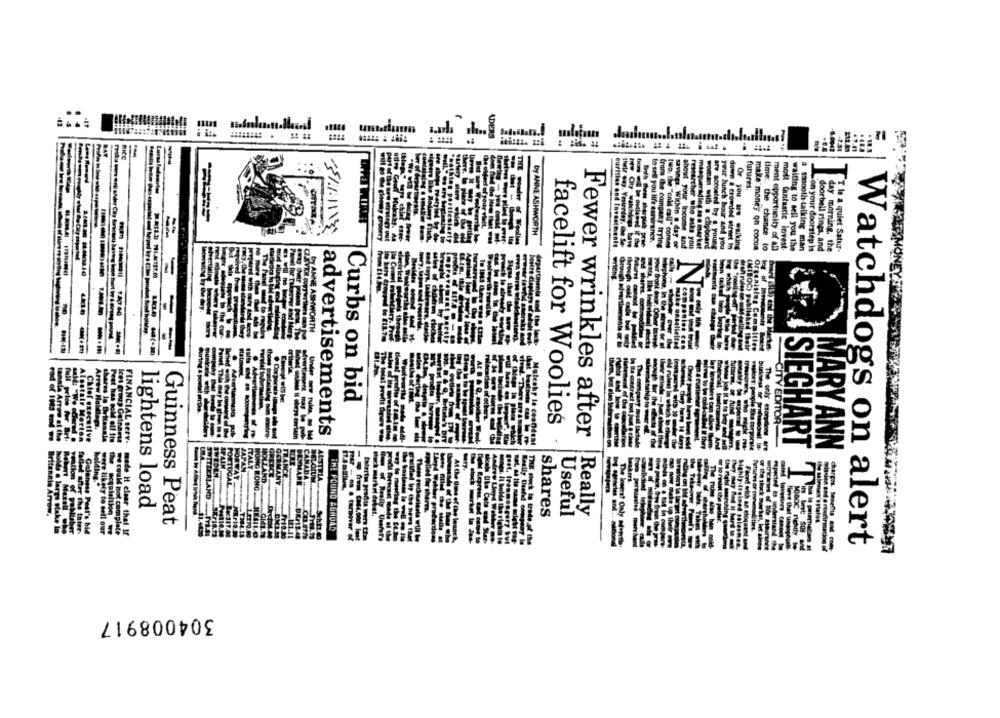
ADERS
BAT
-
futures.
"Artery Mere
THE wonder
fact of your
---
by ANNE ASHWORTH
curtties and Investments
In sel you life ésovirance.
troms the company trying
two. Die ""enkd call" comtes
savinga. Within a day or
about your Income ind
researcher Who asks you
hasquerading so a market
woman with a chpboard
make money on cocom
time: the chance to
are accosted by a young
your lunch bour and you
dowr a crowded street In
Or you are walking
ment opportunity of all
most fantastic invest
waiting to sell you the
a smooth-talking man
Son your doorstep is
doorbell rings, and
day morning, the
T is a quiet Satur-
-----
depar
--
ANNE AS
Is Com
NNE ASHWORTH
In the Cur-
thing
criteria
Curbs on bid
Arrow Holdt
Postale M
Bulved unless it obrys
Under my Tules, o
facelift for Woolies
Ices group Galnas
Fewer wrinkles after
FINANCIAL serv.
advertisements
price for Brf.
Chief executive
SIEGHART
MARY ANN
porale
---
fateciin prodius
lightens load
Really
Aritennie Arrow.
shares
Useful
Guinness Peat
THE POUND AUNVAL
reation of pollsber
alles after the inter-
Galaness Peal's bid
ore likely to cell our
ve could not complete
made it clear that If
Userer's
Watchdogs on alert
304008917